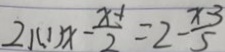
2 1 ( 1 ) x - \frac { x - 1 } { 2 } = 2 - \frac { x - 3 } { 5 }